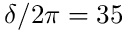
\delta / 2 \pi = 3 5